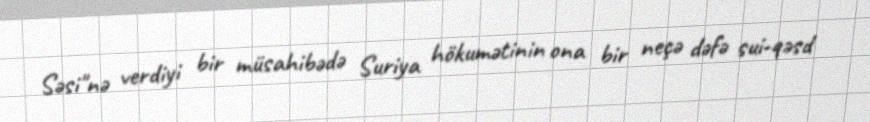
Səsi"nə verdiyi bir müsahibədə Suriya hökumətinin ona bir neçə dəfə sui-qəsd